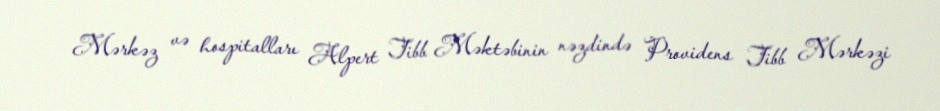
Mərkəz və hospitalları Alpert Tibb Məktəbinin nəzdində Providens Tibb Mərkəzi